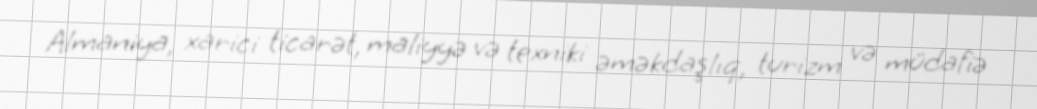
Almaniya, xarici ticarət, maliyyə və texniki əməkdaşlıq, turizm və müdafiə